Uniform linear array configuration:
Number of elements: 64
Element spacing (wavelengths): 1
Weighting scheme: hann
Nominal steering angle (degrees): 30
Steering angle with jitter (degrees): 29.921
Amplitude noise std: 0.05
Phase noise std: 0.05

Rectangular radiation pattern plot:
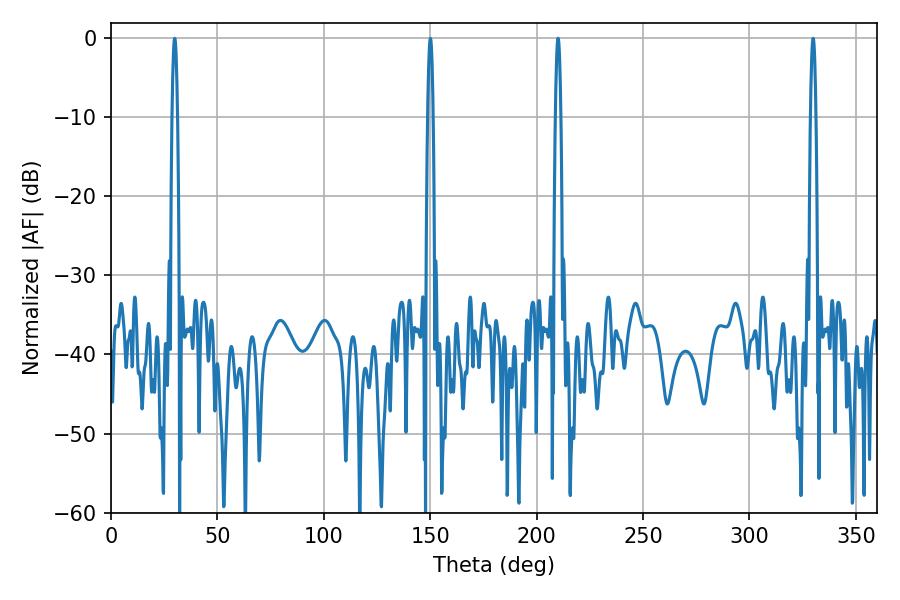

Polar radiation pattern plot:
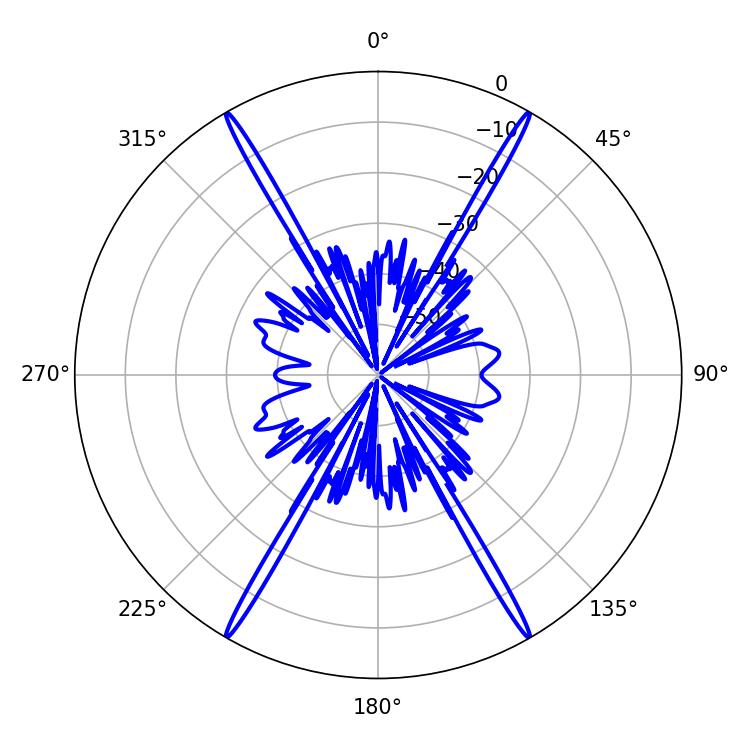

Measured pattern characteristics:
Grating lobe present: TRUE
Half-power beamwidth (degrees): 1.44
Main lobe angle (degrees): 210.06